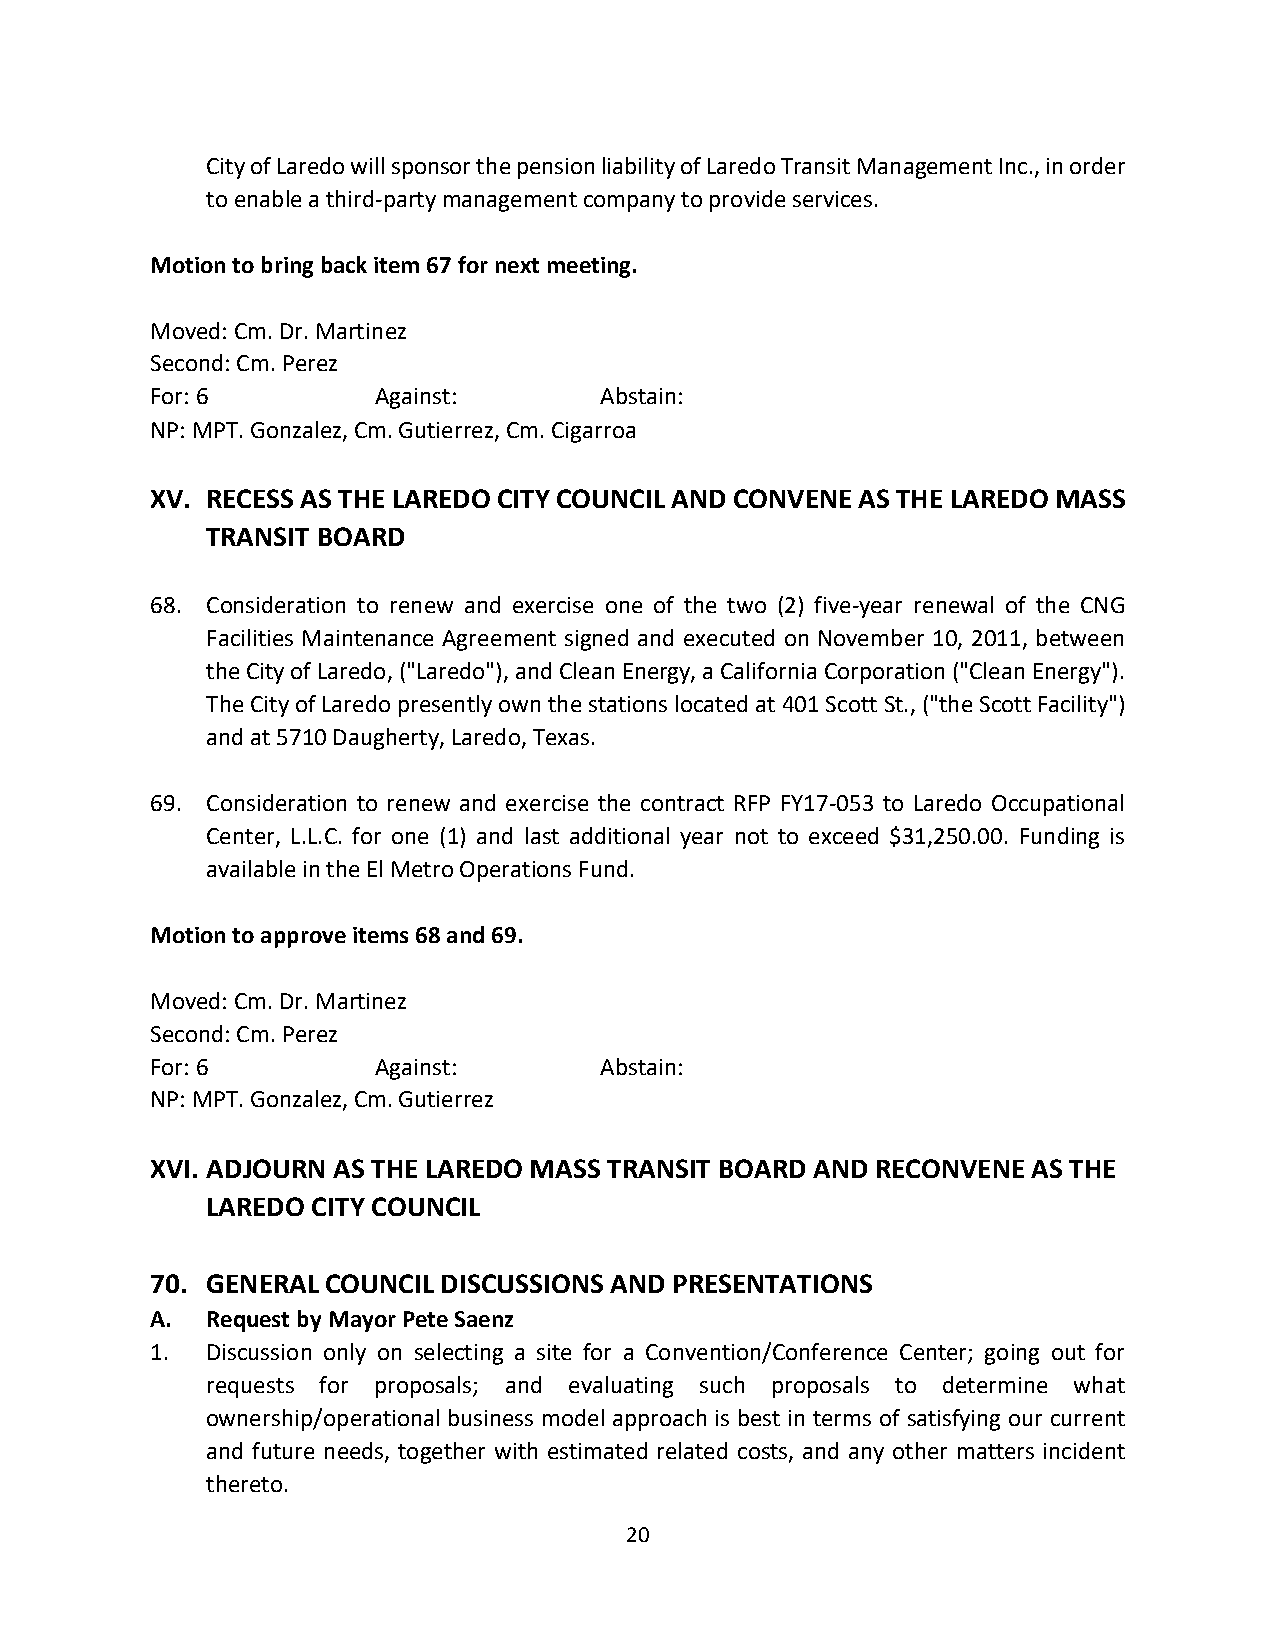
City of Laredo will sponsor the pension liability of Laredo Transit Management Inc., in order
 to enable a third-party management company to provide services.
 Motion to bring back item 67 for next meeting.
 Moved: Cm. Dr. Martinez
 Second: Cm. Perez
 For: 6         Against:       Abstain:
 NP: MPT. Gonzalez, Cm. Gutierrez, Cm. Cigarroa
 XV. RECESS AS THE LAREDO CITY COUNCIL AND CONVENE AS THE LAREDO MASS
 TRANSIT BOARD
 68. Consideration to renew and exercise one of the two (2) five-year renewal of the CNG
 Facilities Maintenance Agreement signed and executed on November 10, 2011, between
 the City of Laredo, ("Laredo"), and Clean Energy, a California Corporation ("Clean Energy").
 The City of Laredo presently own the stations located at 401 Scott St., ("the Scott Facility")
 and at 5710 Daugherty, Laredo, Texas.
 69. Consideration to renew and exercise the contract RFP FY17-053 to Laredo Occupational
 Center, L.L.C. for one (1) and last additional year not to exceed $31,250.00. Funding is
 available in the El Metro Operations Fund.
 Motion to approve items 68 and 69.
 Moved: Cm. Dr. Martinez
 Second: Cm. Perez
 For: 6         Against:       Abstain:
 NP: MPT. Gonzalez, Cm. Gutierrez
 XVI. ADJOURN AS THE LAREDO MASS TRANSIT BOARD AND RECONVENE AS THE
 LAREDO CITY COUNCIL
 70. GENERAL COUNCIL DISCUSSIONS AND PRESENTATIONS
 A.  Request by Mayor Pete Saenz
 1.  Discussion only on selecting a site for a Convention/Conference Center; going out for
 requests for proposals; and evaluating such proposals to determine what
 ownership/operational business model approach is best in terms of satisfying our current
 and future needs, together with estimated related costs, and any other matters incident
 thereto.
 20